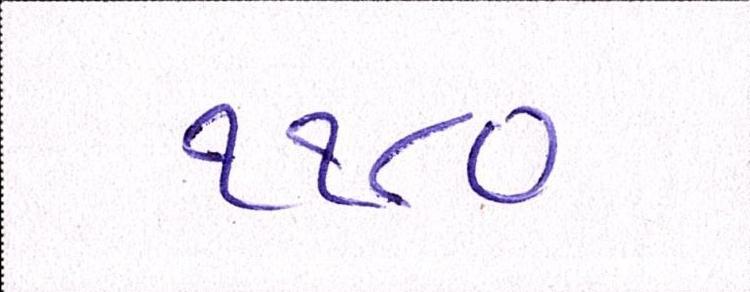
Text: ૧૧૮૦